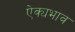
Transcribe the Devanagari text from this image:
ऐक्यभाव